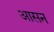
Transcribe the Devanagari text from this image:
अासन